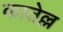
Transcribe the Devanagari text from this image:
कातेल्ल